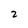
Character: 2